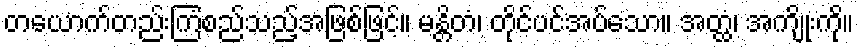
တယောက်တည်းကြံစည်သည့်အဖြစ်ဖြင့်။ မန္တိတံ၊ တိုင်ပင်အပ်သော။ အတ္ထံ၊ အကျိုးကို။